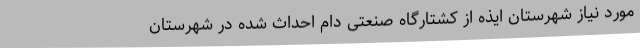
مورد نیاز شهرستان ایذه از کشتارگاه صنعتی دام احداث شده در شهرستان